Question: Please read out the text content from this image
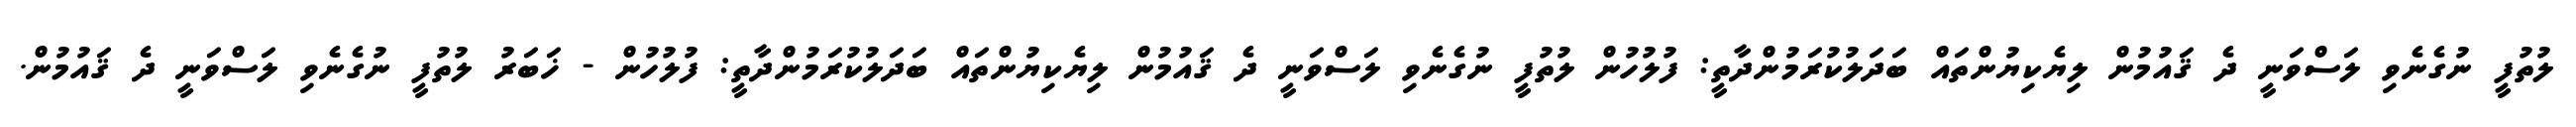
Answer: ލުތުފީ ނުގެނެވި ލަސްވަނީ ދެ ޤައުމުން ލިޔެކިޔުންތައް ބަދަލުކުރަމުންދާތީ: ފުލުހުން ލުތުފީ ނުގެނެވި ލަސްވަނީ ދެ ޤައުމުން ލިޔެކިޔުންތައް ބަދަލުކުރަމުންދާތީ: ފުލުހުން - ޚަބަރު ލުތުފީ ނުގެނެވި ލަސްވަނީ ދެ ޤައުމުން.